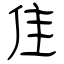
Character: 隹